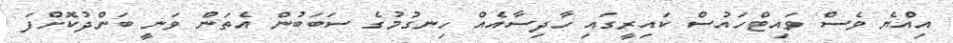
އިއްޔެ ވެސް ވައިޓްހައުސް ކައިރީގައި ހާދިސާއެއް ހިނގުމުގެ ސަބަބުން އެތަން ވަނީ ބަންދުކޮށްފަ